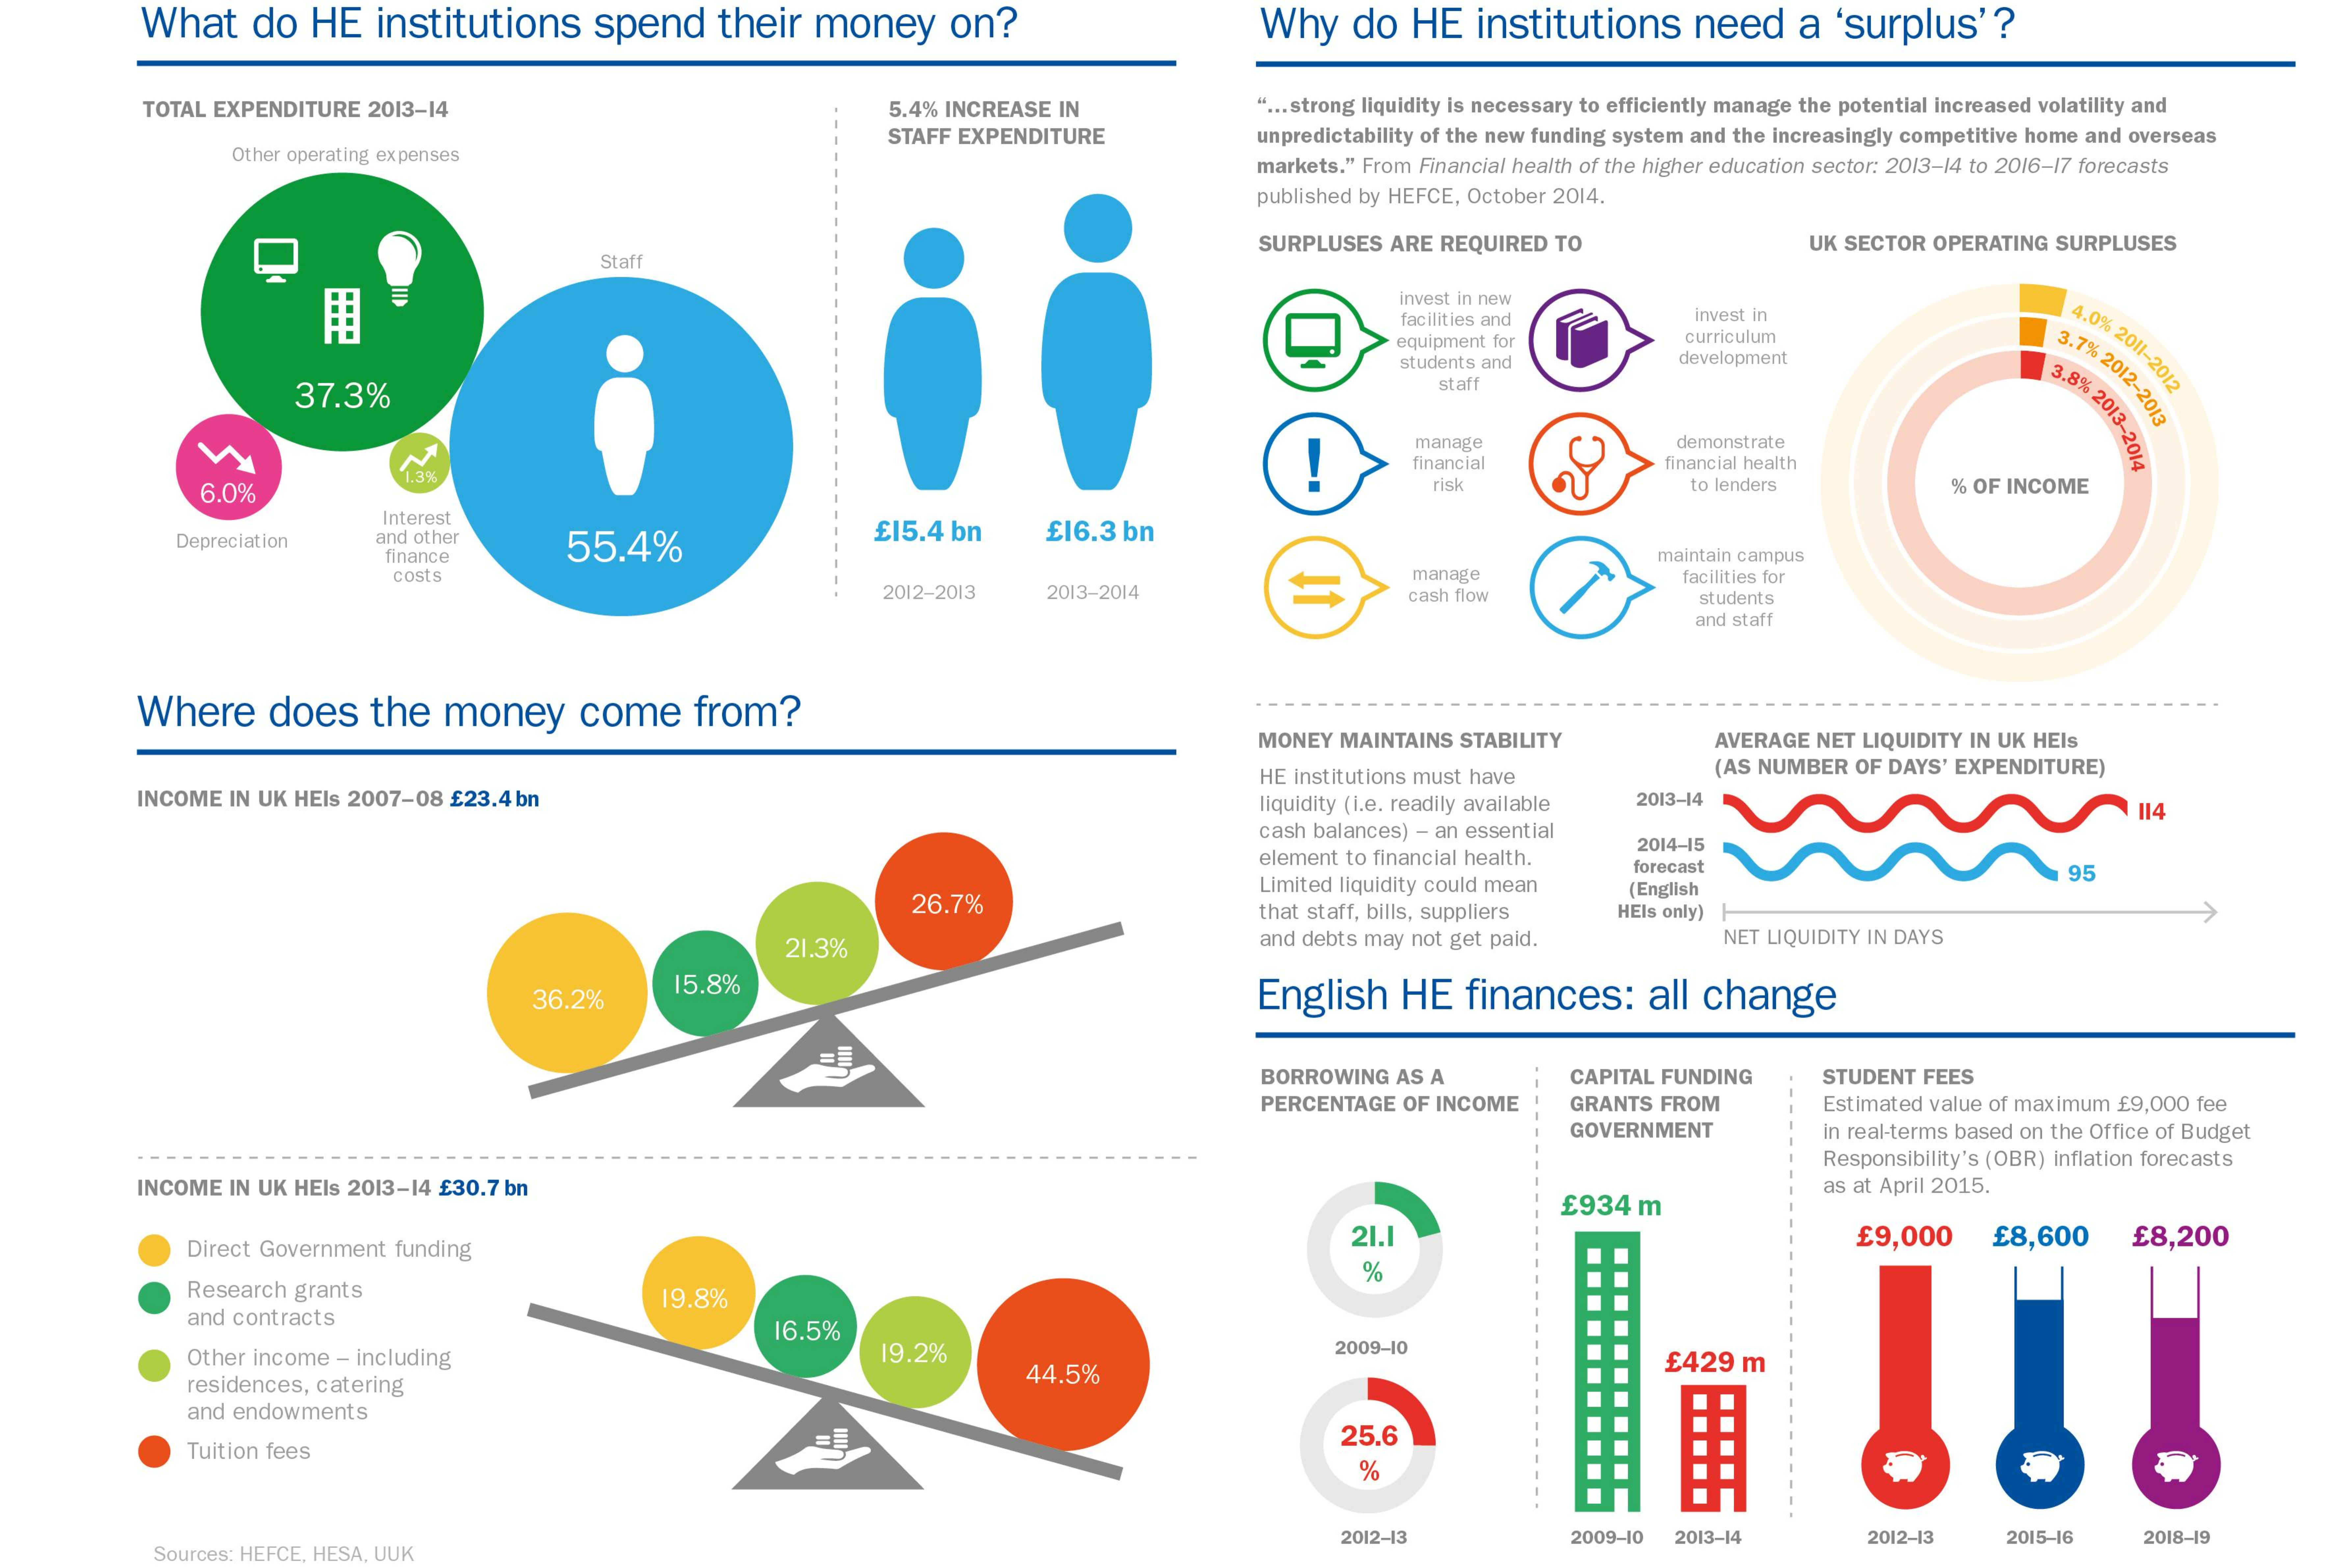
What  do HE  institutions spend   their money  on?    Why  do  HE institutions need  a  'surplus'?
     TOTAL EXPENDITURE 2013-14    5.4% INCREASE IN    " ... strong liquidity is necessary to efficiently manage the potential increased volatility and
     Other operating expenses
     STAFF EXPENDITURE    unpredictability of the new funding system and the increasingly competitive home and overseas
     markets." From Financial health of the higher education sector: 2013-14 to 2016-17 forecasts
     published by HEFCE, October 2014.
     SURPLUSES ARE REQUIRED TO    UK SECTOR OPERATING SURPLUSES
     Staf
     用
     invest in new
     facilities and    invest in    4.0%
     2011-2012
     equipment for    curriculum    3.7%
     2012-2013
     students and    development
     3.8%
     2013-2014
     37.3%
     staff
     manage    demonstrate
     financial
     OY    financial health
     6.0%
     risk    to lenders    % OF INCOME
     Interest
     Depreciation and other
     55.4%
     £15.4 bn  £16.3 bn
     finance    maintain campus
     costs
     2012-2013 2013-2014
     manage    facilities for
     cash flow    students
     and staff
     Where   does  the money   come   from?
     MONEY MAINTAINS STABILITY  AVERAGE NET LIQUIDITY IN UK HEIs
     HE Institutions must have  (AS NUMBER OF DAYS' EXPENDITURE)
     INCOME IN UK HEIs 2007-08 £23.4 bn    liquidity (i.e. readily available 2013-14
     cash balances) - an essential
     114
     element to financial health.
     2014-15
     Limited liquidity could mean
     forecast
     (English
     95
     26.7%    that staff, bills, suppliers HEIs only)
     21.3%    and debts may not get paid. NET LIQUIDITY IN DAYS
     36.2%
     15.8%
     English HE  finances:  all change
     BORROWING AS A    CAPITAL FUNDING STUDENT FEES
     PERCENTAGE OF INCOME GRANTS FROM Estimated value of maximum £9,000 fee
     GOVERNMENT    in real-terms based on the Office of Budget
     Responsibility's (OBR) Inflation forecasts
     INCOME IN UK HEIs 2013-14 £30.7 bn
     £934m
     as at April 2015.
     Direct Government funding
     21.    £9,000  £8,600   £8,200
     Research grants
     and contracts
     19.8%
     %
     16.5%
     Other income - including    19.2%    2009-10
     residences, catering
     44.5%    £429 m
     and endowments
     Tuition fees
     25.6
     %
     Sources:
     2012-13    2009-10 2013-14   2012-13 2015-16 2018-19